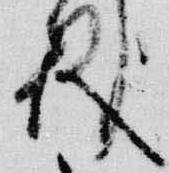
儀